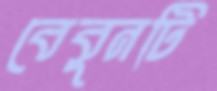
বেবুনটি